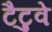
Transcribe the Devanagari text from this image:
टैटुवे